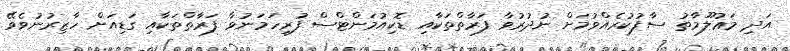
އަދި މަޢުލޫމާތު ސާފުކުރެއްވުމަށް ނުދުރުވާ ފަރާތްތަކާއި ޑޮކިއުމަންޓްސް ފުރިހަމަނުވާ ފަރާތްތަކާއި ގަޑިއަށް ހާޒިރުނުވެވޭ